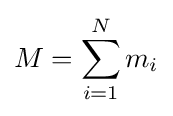
M=\sum _{i=1}^{N}m_{i}